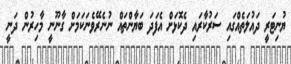
ޔުނިޓަރީ ދައުލަތެއްގައި ސަރުކާރައި ދެކޮޅަށް އެފަދަ ބަޔާންތައް ނުނެރޭވެނަކަމަށް ގާނޫނީ މާހިރުން ދަނީ